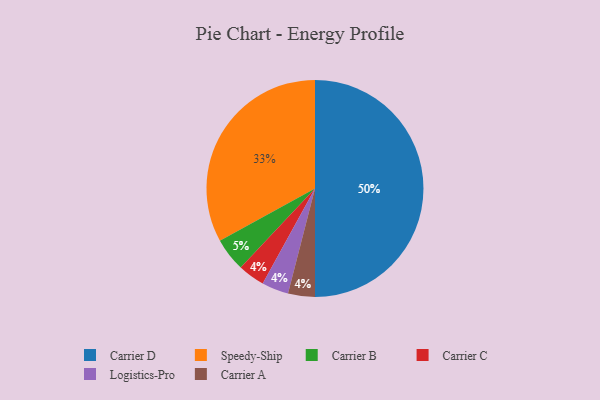
{"axis": {"x": "Category", "y": "Percentage"}, "legend": ["Carrier A", "Carrier B", "Carrier C", "Carrier D", "Logistics-Pro", "Speedy-Ship"], "data": [{"x": "Carrier B", "y": 5, "type": "Carrier B"}, {"x": "Carrier C", "y": 4, "type": "Carrier C"}, {"x": "Carrier D", "y": 50, "type": "Carrier D"}, {"x": "Speedy-Ship", "y": 33, "type": "Speedy-Ship"}, {"x": "Logistics-Pro", "y": 4, "type": "Logistics-Pro"}, {"x": "Carrier A", "y": 4, "type": "Carrier A"}]}